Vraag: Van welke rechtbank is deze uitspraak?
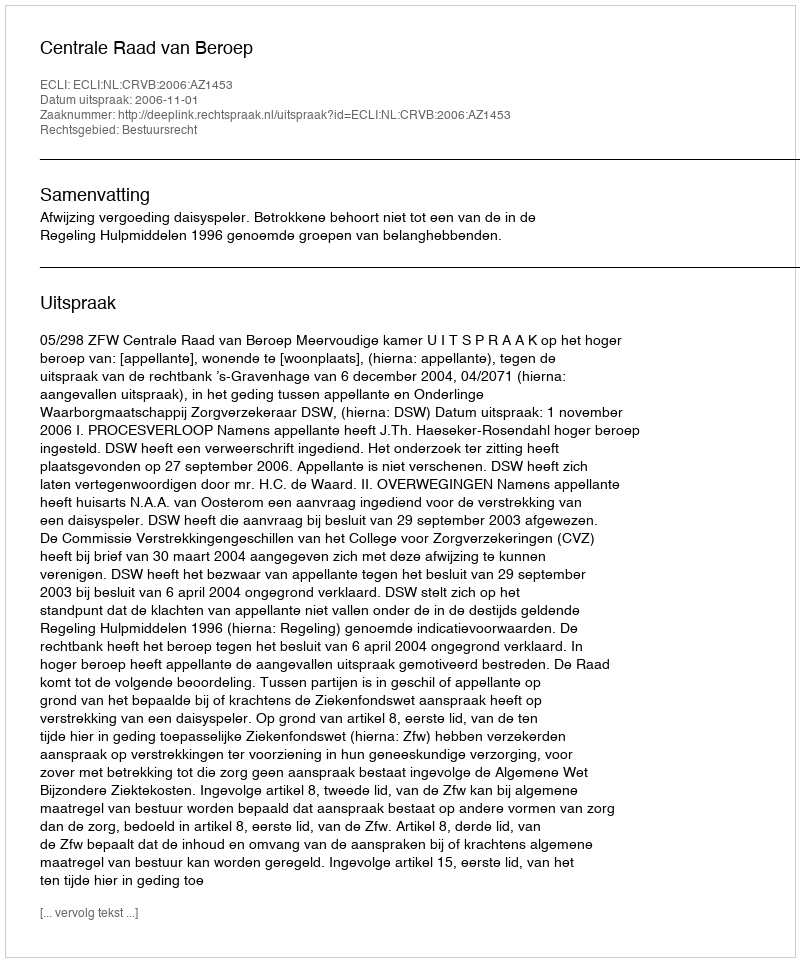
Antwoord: Centrale Raad van Beroep